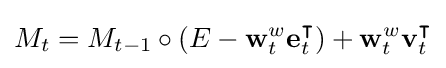
M_{t}=M_{t-1}\circ (E-\mathbf {w} _{t}^{w}\mathbf {e} _{t}^{\intercal })+\mathbf {w} _{t}^{w}\mathbf {v} _{t}^{\intercal }